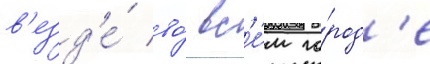
в'езд'е́ во́ вс'е́м го́род'е